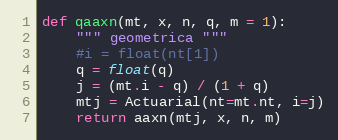
Language: Python
def qaaxn(mt, x, n, q, m = 1):
    """ geometrica """
    #i = float(nt[1])
    q = float(q)
    j = (mt.i - q) / (1 + q)
    mtj = Actuarial(nt=mt.nt, i=j)
    return aaxn(mtj, x, n, m)